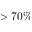
> 7 0 \%